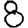
Digit: 8